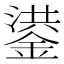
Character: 鍙